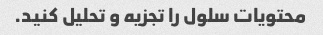
محتویات سلول را تجزیه و تحلیل کنید.